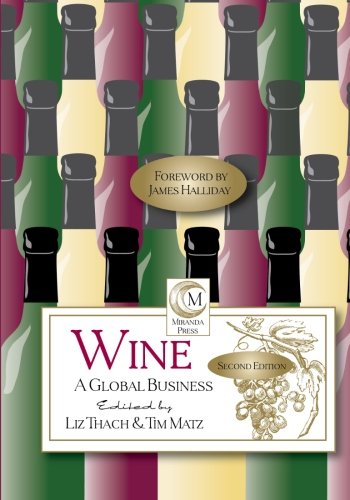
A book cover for Wine a Global Business; Cookbooks, Food & Wine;